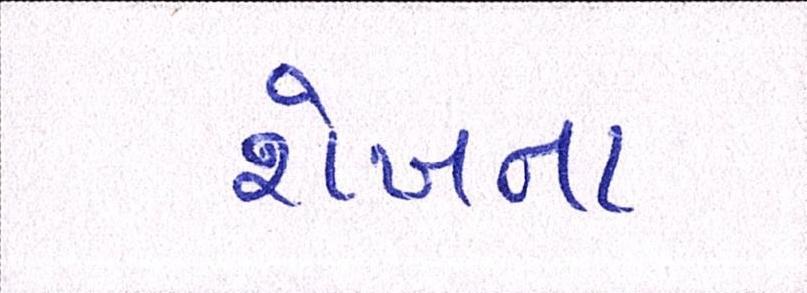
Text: શેખના